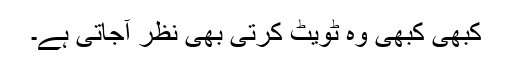
کبھی کبھی وہ ٹویٹ کرتی بھی نظر آجاتی ہے۔